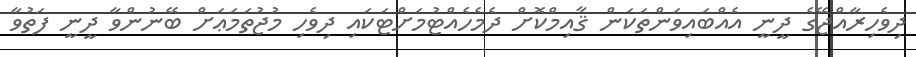
ދިވެހިރާއްޖޭގެ ދީނީ އެއްބައިވަންތަކަން ޤާއިމްކޮށް ދެމެހެއްޓުމަށްޓަކައި ދިވެހި މުޖުތަމަޢަށް ބޭނުންވާ ދީނީ ފަތުވާ